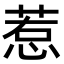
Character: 惹